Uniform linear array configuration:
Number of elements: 64
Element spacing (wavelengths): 1
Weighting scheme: binomial
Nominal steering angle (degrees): -30
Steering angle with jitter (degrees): -28.212
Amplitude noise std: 0.05
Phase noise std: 0.05

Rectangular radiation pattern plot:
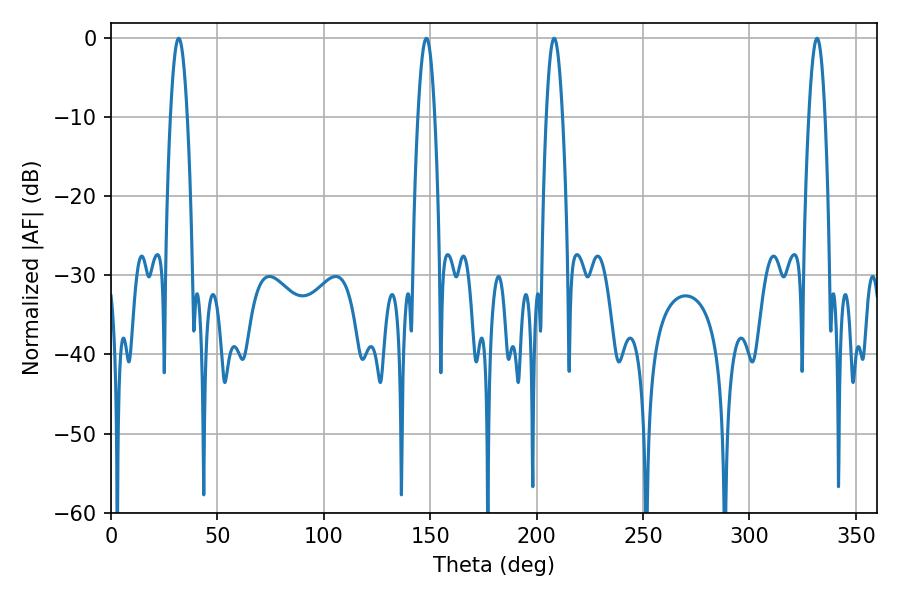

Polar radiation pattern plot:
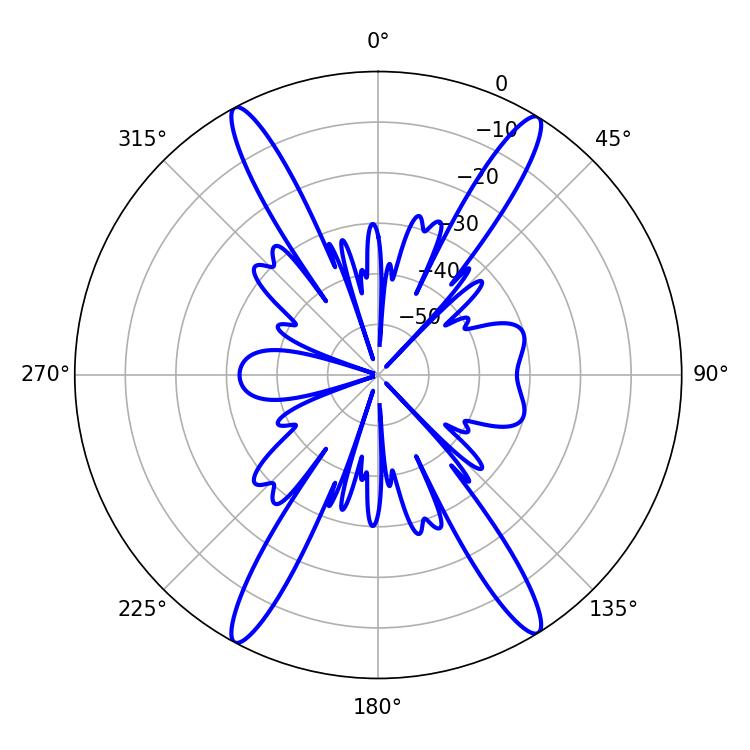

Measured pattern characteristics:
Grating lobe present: TRUE
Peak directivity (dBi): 22.393
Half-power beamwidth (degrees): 3.96
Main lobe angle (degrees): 208.26